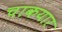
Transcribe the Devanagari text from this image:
चाकयार